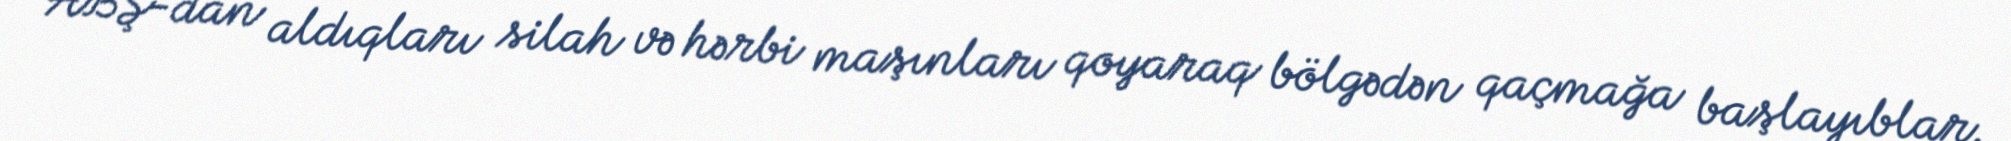
ABŞ-dan aldıqları silah və hərbi maşınları qoyaraq bölgədən qaçmağa başlayıblar.